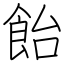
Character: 飴